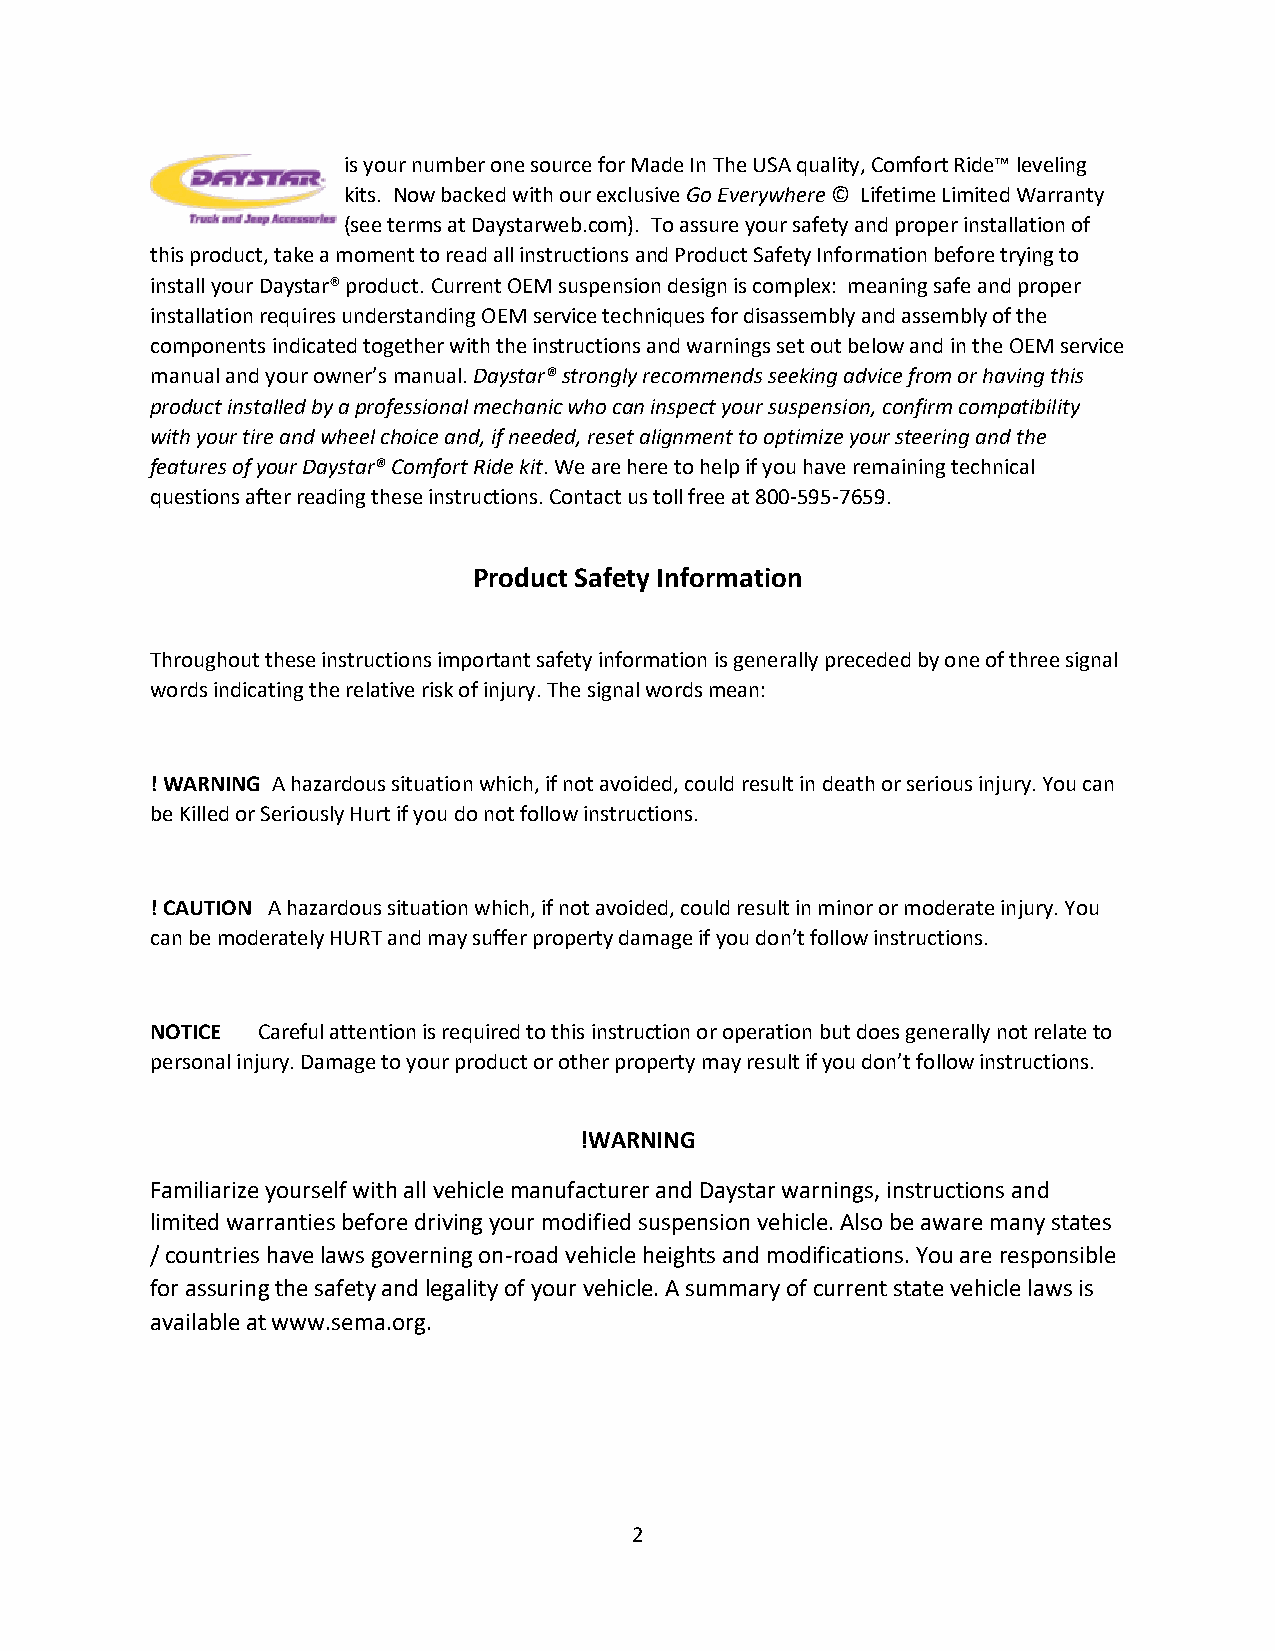
is your number one source for Made In The USA quality, Comfort Ride™ leveling
 kits. Now backed with our exclusive Go Everywhere © Lifetime Limited Warranty
 (see terms at Daystarweb.com). To assure your safety and proper installation of
 this product, take a moment to read all instructions and Product Safety Information before trying to
 install your Daystar® product. Current OEM suspension design is complex: meaning safe and proper
 installation requires understanding OEM service techniques for disassembly and assembly of the
 components indicated together with the instructions and warnings set out below and in the OEM service
 manual and your owner’s manual. Daystar® strongly recommends seeking advice from or having this
 product installed by a professional mechanic who can inspect your suspension, confirm compatibility
 with your tire and wheel choice and, if needed, reset alignment to optimize your steering and the
 features of your Daystar® Comfort Ride kit. We are here to help if you have remaining technical
 questions after reading these instructions. Contact us toll free at 800-595-7659.
 Product Safety Information
 Throughout these instructions important safety information is generally preceded by one of three signal
 words indicating the relative risk of injury. The signal words mean:
 ! WARNING A hazardous situation which, if not avoided, could result in death or serious injury. You can
 be Killed or Seriously Hurt if you do not follow instructions.
 ! CAUTION A hazardous situation which, if not avoided, could result in minor or moderate injury. You
 can be moderately HURT and may suffer property damage if you don’t follow instructions.
 NOTICE Careful attention is required to this instruction or operation but does generally not relate to
 personal injury. Damage to your product or other property may result if you don’t follow instructions.
 !WARNING
 Familiarize yourself with all vehicle manufacturer and Daystar warnings, instructions and
 limited warranties before driving your modified suspension vehicle. Also be aware many states
 / countries have laws governing on-road vehicle heights and modifications. You are responsible
 for assuring the safety and legality of your vehicle. A summary of current state vehicle laws is
 available at www.sema.org.
 2